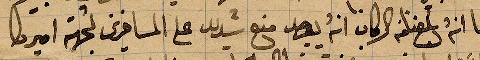
بما انه بلغنا من الركاب انه يوجد منع شديد على المسافرين لجهة اميركا